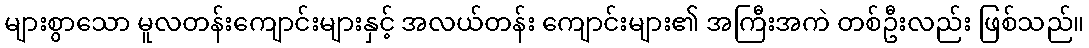
များစွာသော မူလတန်းကျောင်းများနှင့် အလယ်တန်း ကျောင်းများ၏ အကြီးအကဲ တစ်ဦးလည်း ဖြစ်သည်။